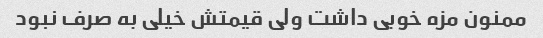
ممنون مزه خوبی داشت ولی قیمتش خیلی به صرف نبود